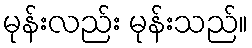
မုန်းလည်း မုန်းသည်။